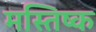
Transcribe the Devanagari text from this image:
मस्‍तिष्‍क